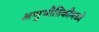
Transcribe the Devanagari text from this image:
अणुभौतिकीमध्ये